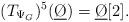
LaTeX: \begin{align*}(T_{\Psi_G})^5(\underline{\O}) = \underline{\O}[2].\end{align*}